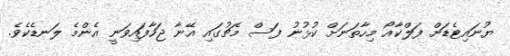
ޔުނައިޓެޑަށް ފަލްކާއޯ މިހާތަނަށް ކުޅުނު ފަސް މެޗުގައި އޭނާ ޖަހާފައިވަނީ އެންމެ ލަނޑެކެވެ.